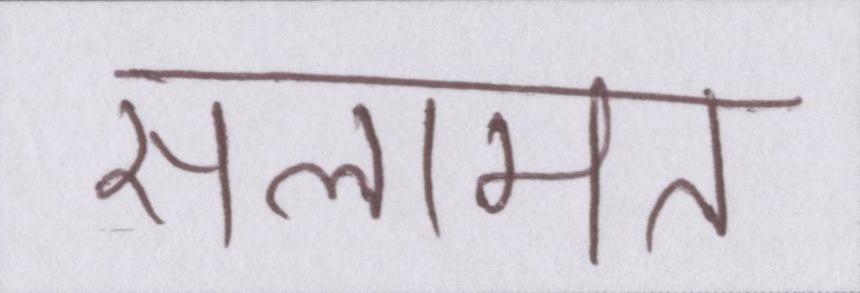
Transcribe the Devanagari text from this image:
सलामत